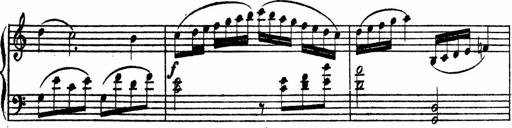
Title: Piano Sonata
Composer: Karl HÃ¤ssler
Key: C major